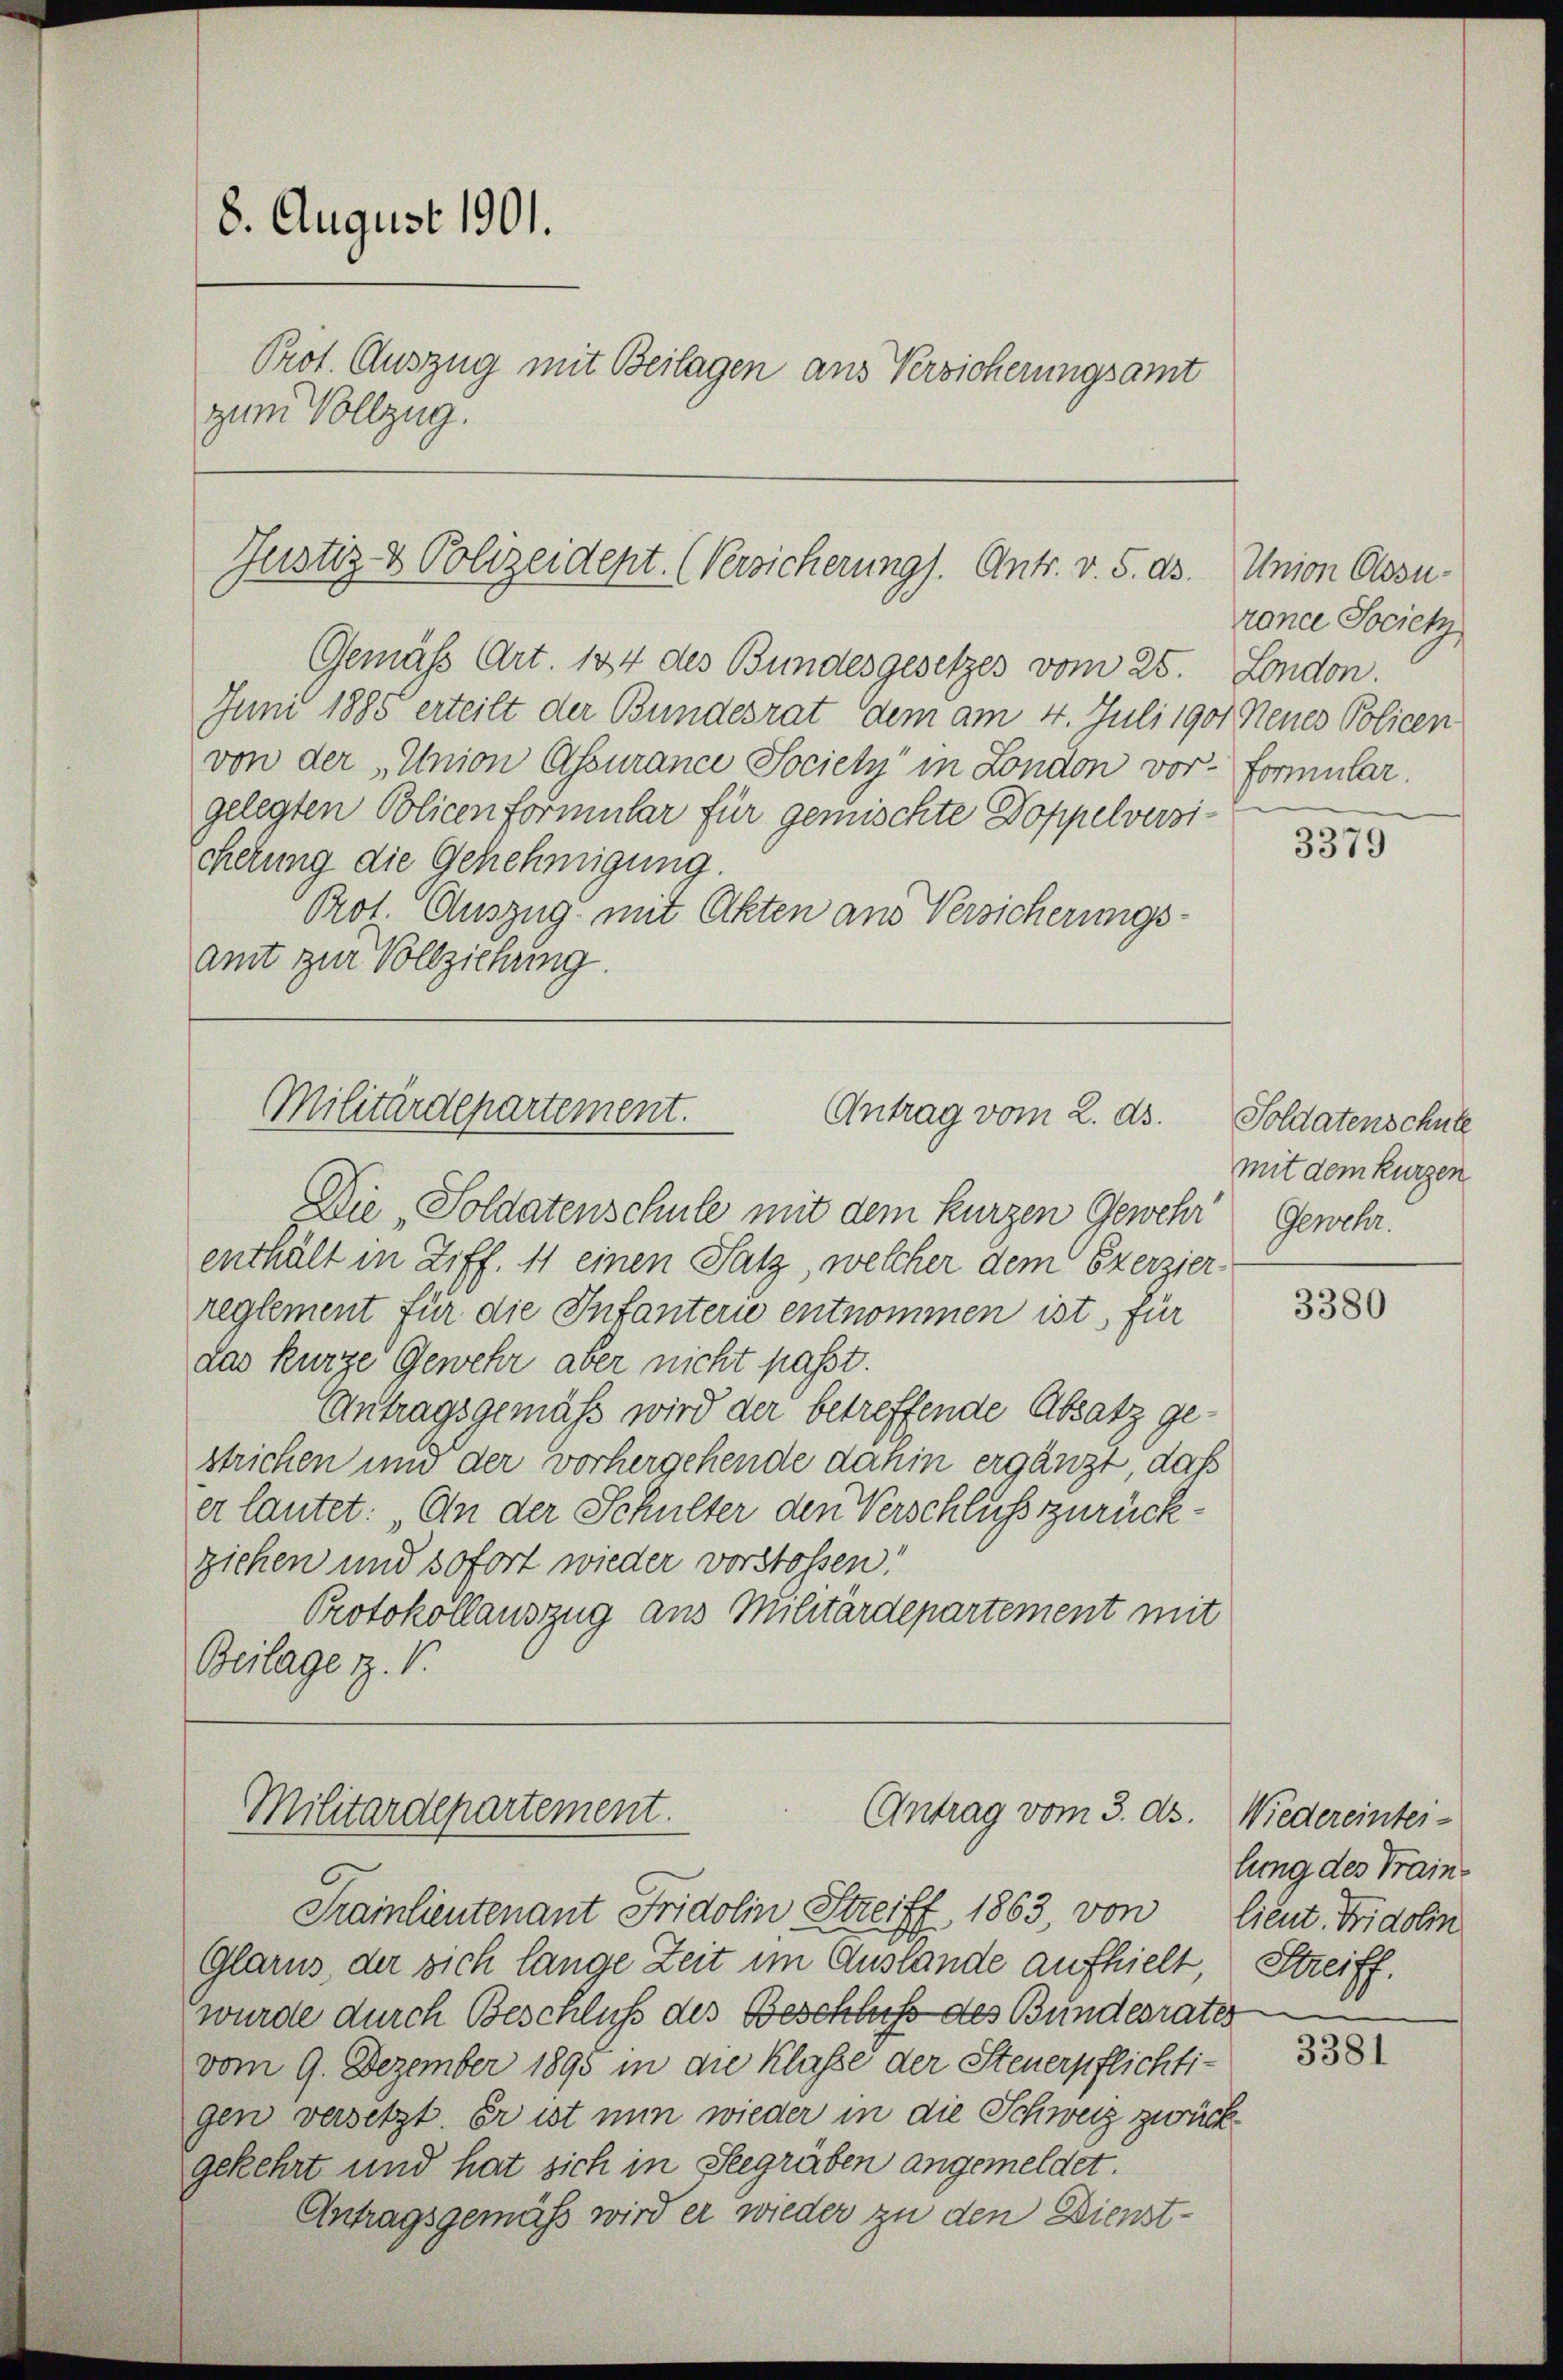
8. August 1901.
Prot. Auszug mit Beilagen aus Versicherungsamt
zum Vollzug.

Justiz & Polizeidept. (Versicherung). Ants. v. 5. ds.
Gemäß Art. 124 des Bundesgesetzes vom 25. London.

Juni 1885 erteilt der Bundesrat dem am 4. Juli 1901 Neues Policen
von der „Union Assurance Societz“ in London vor- Formular.
gelegten Policenformular für gemischte Doppelversicherung die Genehmigung.
Prot. Auszug mit Akten aus Versicherungs-
amt zur Vollziehung.

Militärdepartement.
Antrag vom 2. ds.
Die „Soldatenschule mit dem kurzen Gewehr

enthält in Ziff. 41 einen Satz, welcher dem Exerzier-
reglement für die Infanterie entnommen ist, für
das kurze Gewehr aber nicht passt.
Antragsgemäß wird der betreffende Absatz gestrichen und der vorhergehende dahin ergänzt, daß
er lautet: An der Schulter den Verschluss zurückziehen und sofort wieder vorstossen!
Protokollauszug aus Militärdepartement mit
Beilage tz. V.

Antrag vom 3. dh.
Militärdepartement.

Union Olosuronce Societ

Trainlieutenant Fridolin Streiff, 1863 von lieut. Fridolin
Glarus, der sich lange Zeit im Auslande aufhielt,
wurde durch Beschluß des Beschluss des Bundesrates
vom 9. Dezember 1895 in die Klasse der Steuerpflichti-
gen versetzt. Er ist nun wieder in die Schweiz zurück
gekehrt und hat sich in Seegräben angemeldet.
Antragsgemäß wird er wieder zu den Dienst-

3379

Soldatenschule
mit dem kurzen
Gewehr.

3380

Wiedereintei-
lung des Traine
Streiff.

3381